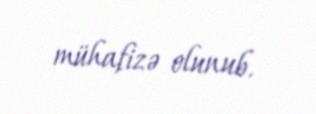
mühafizə olunub.